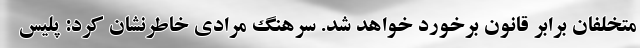
متخلفان برابر قانون برخورد خواهد شد. سرهنگ مرادی خاطرنشان کرد: پلیس